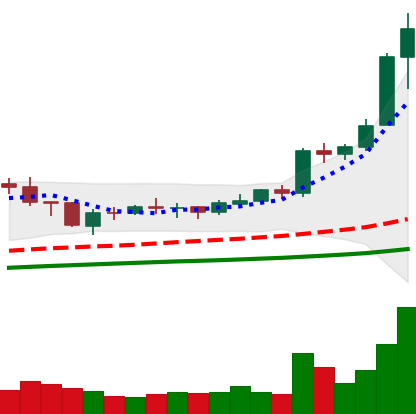
Ticker: BNB-USD
Chart end date: 2021-02-06
Forward return: 71.082%
Label: up_7plus